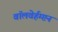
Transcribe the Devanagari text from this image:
वॉलवेर्हम्प्टन